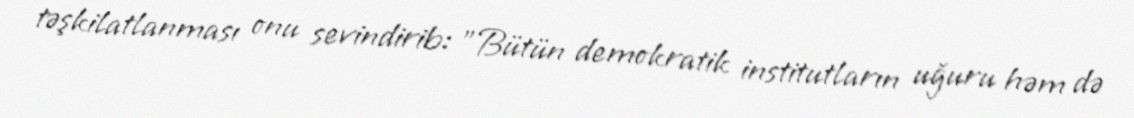
təşkilatlanması onu sevindirib: "Bütün demokratik institutların uğuru həm də